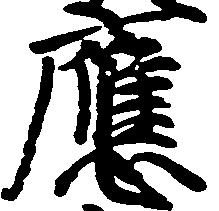
応